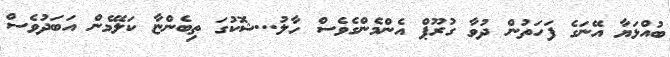
ބުއްޅަޔާ އޭނަގެ ފަހަތުން ދުވާ ގުރޫޕް އެންމެންގެވެސް ހާލު...ޝޮކުގަ ތިބެންޏާ ކަލޭމެން އަބަދުވެސް